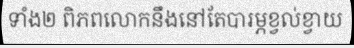
ទាំង២ ពិភពលោកនឹងនៅតែបារម្ភខ្វល់ខ្វាយ